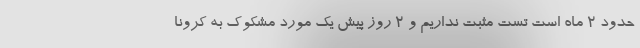
حدود ۲‌ ماه است تست مثبت نداریم و ۲ روز پیش یک مورد مشکوک به کرونا